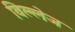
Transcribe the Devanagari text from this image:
विल्लेज